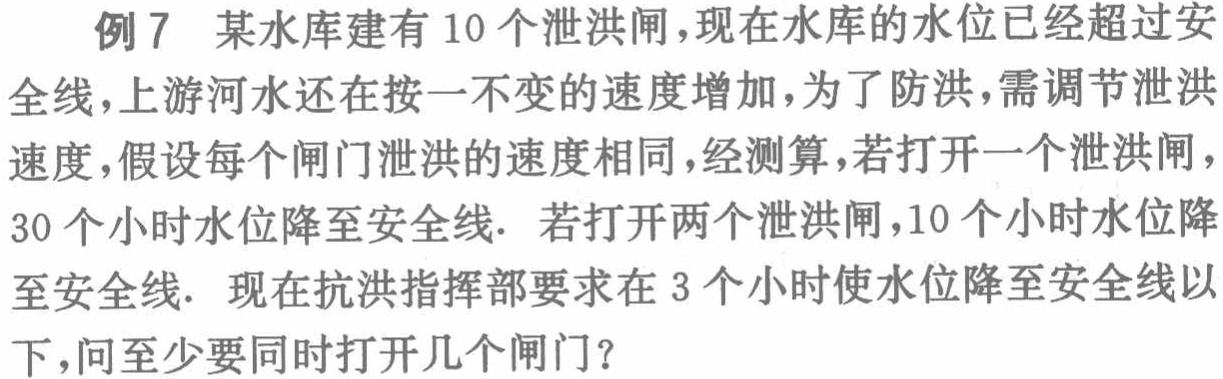
例7 某水库建有10个泄洪闸，现在水库的水位已经超过安

全线，上游河水还在按一不变的速度增加，为了防洪，需调节泄洪

速度，假设每个闸门泄洪的速度相同，经测算，若打开一个泄洪闸，

30个小时水位降至安全线．若打开两个泄洪闸，10个小时水位降

至安全线．现在抗洪指挥部要求在3个小时使水位降至安全线以

下，问至少要同时打开几个闸门？